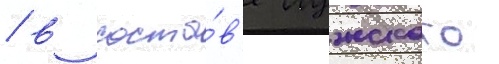
/ в соста́в'е лужского